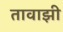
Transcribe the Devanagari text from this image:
तावाझी